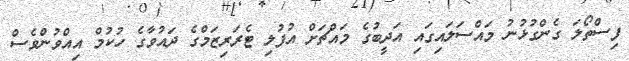
ފިސްތޯލަ ގެންގުޅުނު މައްސަލައިގައި އަދީބުގެ މައްޗަށް އުފުލި ޓެރަރިޒަމްގެ ދައުވާގެ ހުކުމް އިއްވުންވެސް